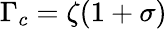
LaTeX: \Gamma_{c}=\zeta(1+\sigma)